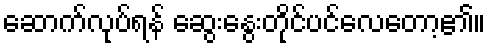
ဆောက်လုပ်ရန် ဆွေးနွေးတိုင်ပင်လေတော့၏။